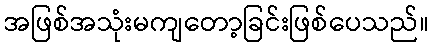
အဖြစ်အသုံးမကျတော့ခြင်းဖြစ်ပေသည်။